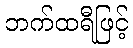
ဘက်ထရီဖြင့်